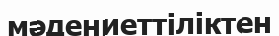
мәдениеттіліктен